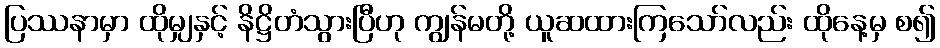
ပြဿနာမှာ ထိုမျှနှင့် နိဋ္ဌိတံသွားပြီဟု ကျွန်မတို့ ယူဆထားကြသော်လည်း ထိုနေ့မှ စ၍